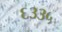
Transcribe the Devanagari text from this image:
६३३५